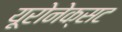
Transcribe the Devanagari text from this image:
यूरोनेक्सट